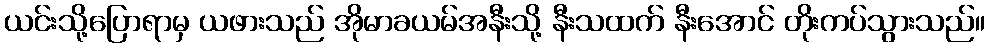
ယင်းသို့ပြောရာမှ ယဖားသည် အိုမာခယမ်အနီးသို့ နီးသထက် နီးအောင် တိုးကပ်သွားသည်။